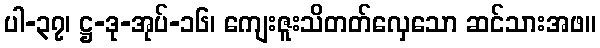
ပါ-၃၇၊ ဋ္ဌ-ဒု-အုပ်-၁၆၊ ကျေးဇူးသိတတ်လှေသော ဆင်သားအဖ။